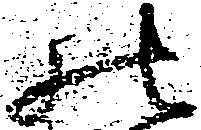
の